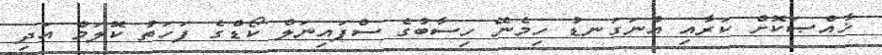
ޚާއްޞަކޮށް ކަރާއި އުނަގަނޑު ހިމެނޭ ހިސާބުގެ ސްޕައިނަލް ކޯޑްގެ ފަހަތު ކޮލަމް އަދި